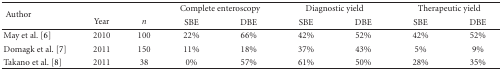
<table><thead><tr><td rowspan="2"><b> Author</b></td><td rowspan="2"><b>Year</b></td><td rowspan="2"><b><i>n</i></b></td><td colspan="2"><b>Complete enteroscopy</b></td><td colspan="2"><b>Diagnostic yield</b></td><td colspan="2"><b>Therapeutic yield</b></td></tr><tr><td><b>SBE</b></td><td><b>DBE</b></td><td><b>SBE</b></td><td><b>DBE</b></td><td><b>SBE</b></td><td><b>DBE</b></td></tr></thead><tbody><tr><td>May et al. [6]</td><td>2010</td><td>100</td><td>22%</td><td>66%</td><td>42%</td><td>52%</td><td>42%</td><td>52%</td></tr><tr><td>Domagk et al. [7]</td><td>2011</td><td>150</td><td>11%</td><td>18%</td><td>37%</td><td>43%</td><td>5%</td><td>9%</td></tr><tr><td>Takano et al. [8]</td><td>2011</td><td>38</td><td>0%</td><td>57%</td><td>61%</td><td>50%</td><td>28%</td><td>35%</td></tr></tbody></table>